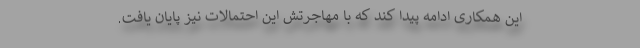
این همکاری ادامه پیدا کند که با مهاجرتش این احتمالات نیز پایان یافت.